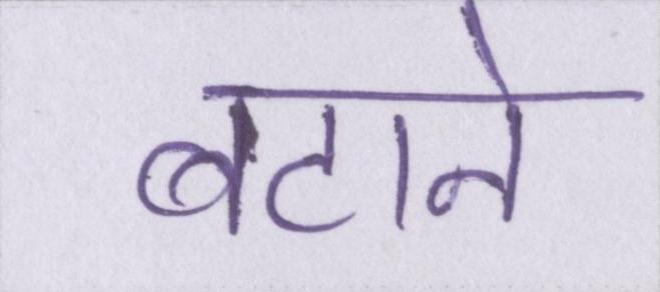
बटाने